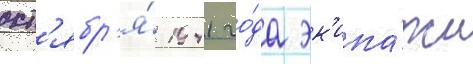
окт'ябр'я́ 1941 го́да эк'ипа́жи